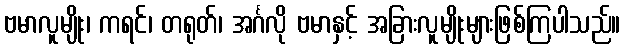
ဗမာလူမျိုး၊ ကရင်၊ တရုတ်၊ အင်္ဂလို ဗမာနှင့် အခြားလူမျိုးများဖြစ်ကြပါသည်။